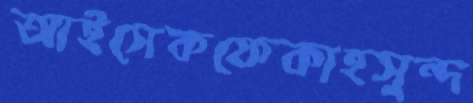
আইসেকফেকাহসুন্দ